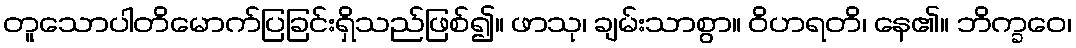
တူသောပါတိမောက်ပြခြင်းရှိသည်ဖြစ်၍။ ဖာသု၊ ချမ်းသာစွာ။ ဝိဟရတိ၊ နေ၏။ ဘိက္ခဝေ၊